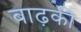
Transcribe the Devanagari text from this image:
बाढ़की